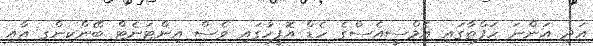
އަދި އަންނަ ހަފްތާގައި އެމްސީއެސްގެ ހެޑް އޮފީހުގައި ވެސް އިންޓަނެޓް ބޭންކިންގ އާއި